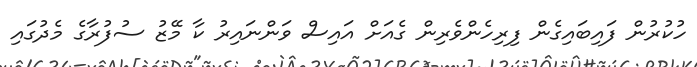
ހުކުރުން ފައިބައިގެން ފިރިހެންވެރިން ގެއަށް އައިސް ވަންނައިރު ކާ މޭޒު ސުފުރާގެ މެދުގައި